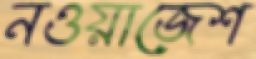
নওয়াজেশ